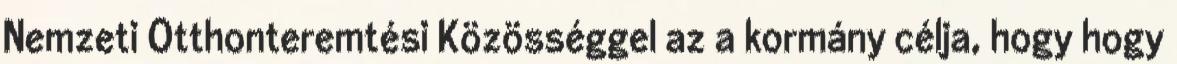
Nemzeti Otthonteremtési Közösséggel az a kormány célja, hogy hogy